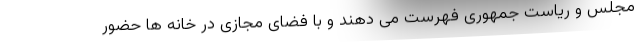
مجلس و ریاست جمهوری فهرست می دهند و با فضای مجازی در خانه ها حضور